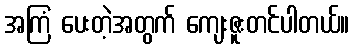
အကြံ ပေးတဲ့အတွက် ကျေးဇူးတင်ပါတယ်။